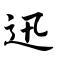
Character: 迅